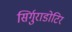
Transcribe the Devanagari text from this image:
सिर्गुराडोटिर